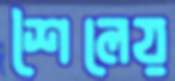
শৈলেয়